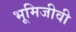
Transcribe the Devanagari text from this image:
भूमिजीवी